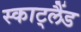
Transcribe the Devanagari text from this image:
स्काट्लैंड